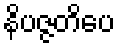
နိပဇ္ဇတိပေ